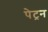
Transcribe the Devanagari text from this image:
पेट्रन